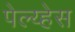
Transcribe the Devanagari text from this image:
पेल्य्हेस